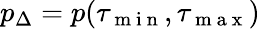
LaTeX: p_{\Delta}=p(\tau_{\mathrm{~m~i~n~}},\tau_{\mathrm{~m~a~x~}})